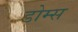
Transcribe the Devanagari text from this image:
डोम्स